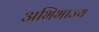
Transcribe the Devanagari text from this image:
अभिभाज्य